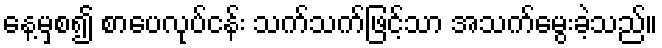
နေ့မှစ၍ စာပေလုပ်ငန်း သက်သက်ဖြင့်သာ အသက်မွေးခဲ့သည်။